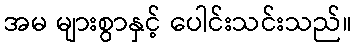
အမ များစွာနှင့် ပေါင်းသင်းသည်။